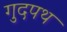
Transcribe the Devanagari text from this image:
गुदपथ